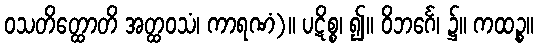
ဝသတိတ္ထောတိ အတ္ထဝသံ၊ ကာရဏံ)။ ပဋိစ္စ၊ ၍။ ဝိဘင်္ဂေ၊ ၌။ ကထဉ္စ။